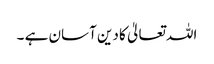
اللہ تعالیٰ کا دین آسان ہے ۔